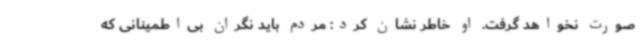
صورت نخواهد گرفت. او خاطر نشان کرد: مردم باید نگران بی‌اطمینانی که